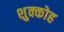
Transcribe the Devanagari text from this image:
शुक्कोह